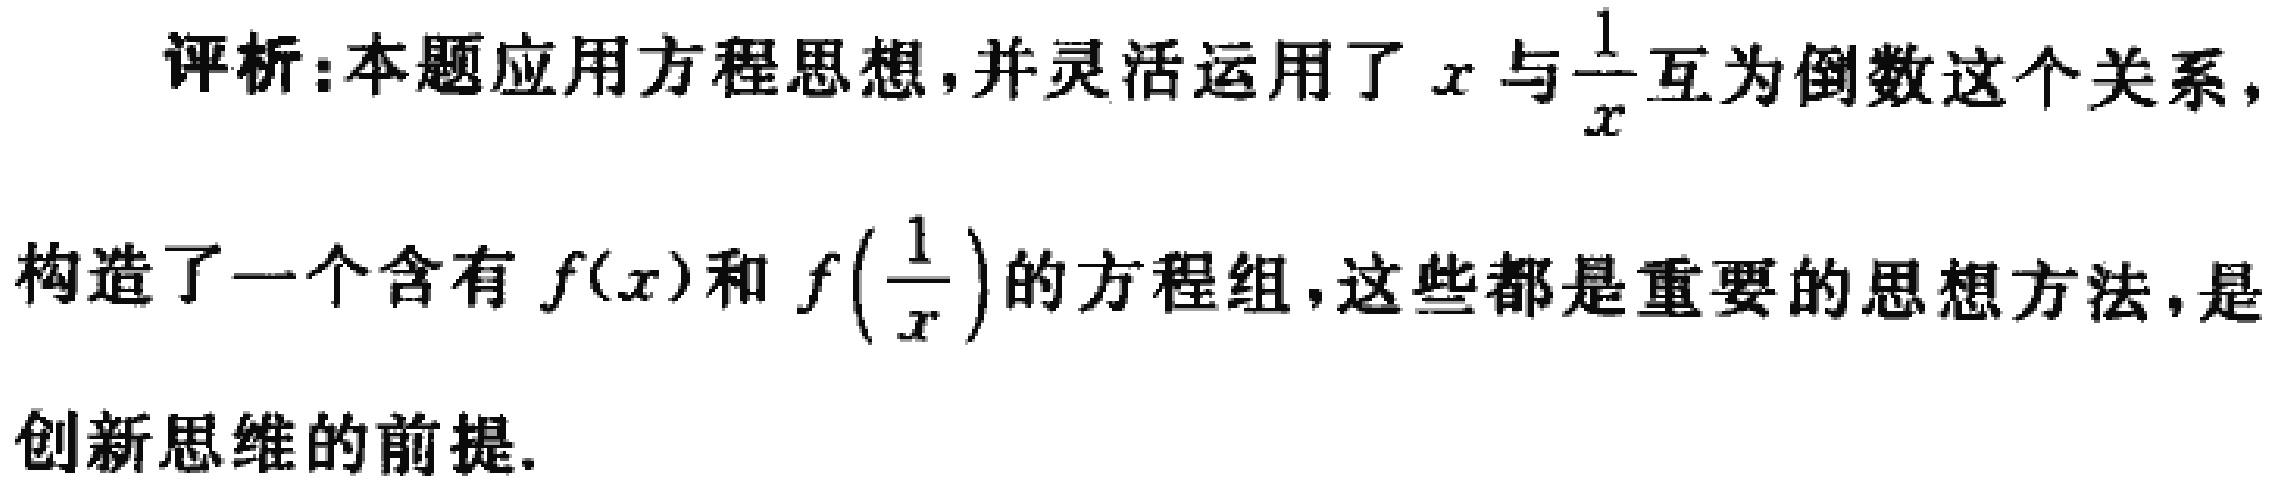
评析:本题应用方程思想,并灵活运用了\(x\)与\(\frac{1}{x}\)互为倒数这个关系,构造了一个含有\(f(x)\)和\(f\left(\frac{1}{x}\right)\)的方程组,这些都是重要的思想方法,是创新思维的前提.